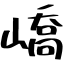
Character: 嶠